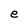
Character: e